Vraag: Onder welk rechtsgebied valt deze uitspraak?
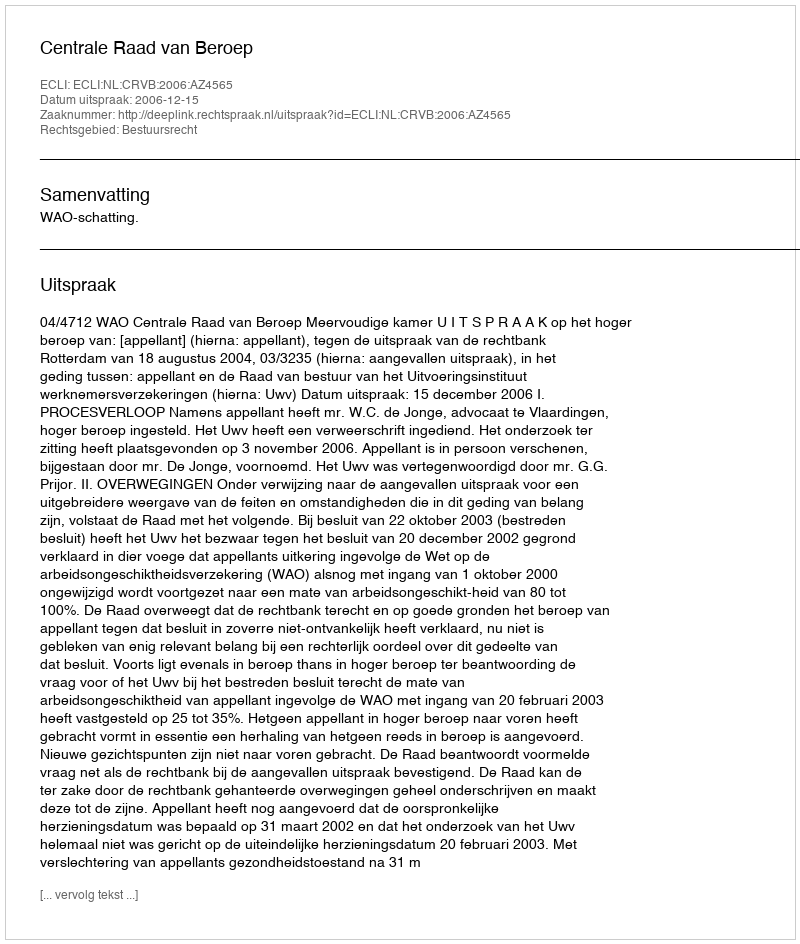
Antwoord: Bestuursrecht